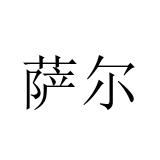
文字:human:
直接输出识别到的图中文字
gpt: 萨尔